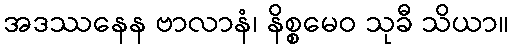
အဒဿနေန ဗာလာနံ၊ နိစ္စမေဝ သုခီ သိယာ။